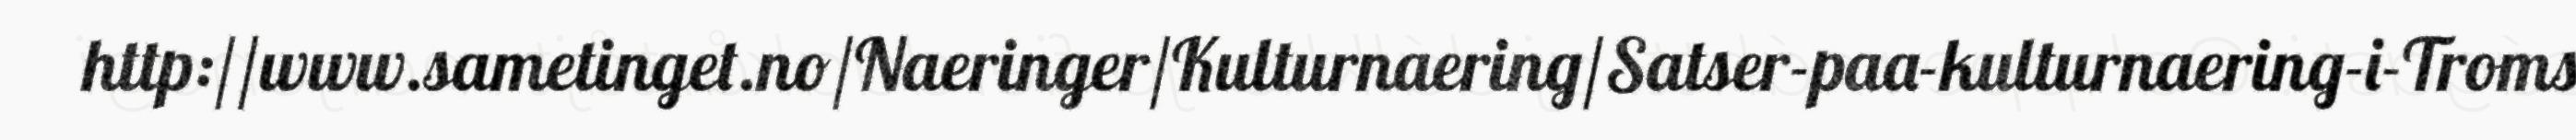
http://www.sametinget.no/Naeringer/Kulturnaering/Satser-paa-kulturnaering-i-Troms